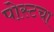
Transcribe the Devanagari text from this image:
पोस्टचा